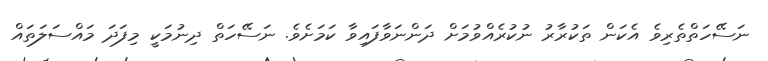
ނަސޭހަތްތެރިވެ އެކަން ތަކުރާރު ނުކުރެއްވުމަށް ދަންނަވާފައިވާ ކަމަށެވެ. ނަސޭހަތް ދިނުމަކީ މިފަދަ މައްސަލަތައް